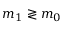
m _ { 1 } \gtrless m _ { 0 }